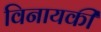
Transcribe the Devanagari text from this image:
विनायकी